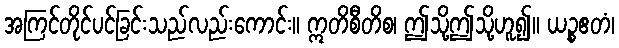
အကြင်တိုင်ပင်ခြင်းသည်လည်းကောင်း။ ဣတိစီတိစ၊ ဤသို့ဤသို့ဟူ၍။ ယဉ္စဧတံ၊